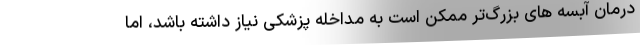
درمان آبسه های بزرگ‌تر ممکن است به مداخله پزشکی نیاز داشته باشد، اما